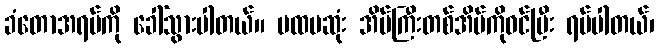
ခံတောအရပ်ကို ခေါ်သွားပါတယ်။ ပထမဆုံး အိမ်ကြီးတစ်အိမ်ကိုဝင်ပြီး ရပ်ပါတယ်၊